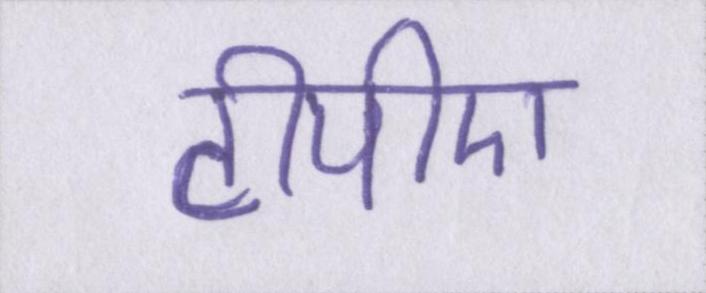
टीपीए